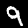
Digit: 9